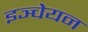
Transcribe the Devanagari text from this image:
इञ्चेयन